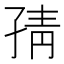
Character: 𭓉